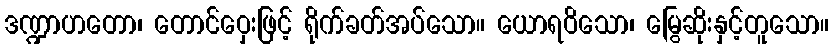
ဒဏ္ဍာဟတော၊ တောင်ဝှေးဖြင့် ရိုက်ခတ်အပ်သော။ ယောရဝိသော၊ မြွေဆိုးနှင့်တူသော။